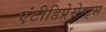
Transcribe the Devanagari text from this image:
एंटीडिप्रेसेन्ट्स